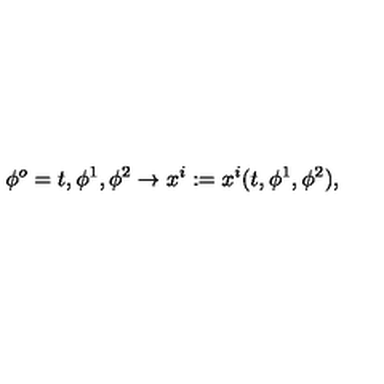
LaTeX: \phi ^ { o } = t , \phi ^ { 1 } , \phi ^ { 2 } \to x ^ { i } : = x ^ { i } ( t , \phi ^ { 1 } , \phi ^ { 2 } ) ,